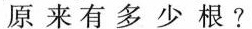
原来有多少根？